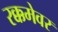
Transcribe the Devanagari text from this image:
रक्कमेवर